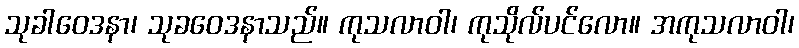
သုခါဝေဒနာ၊ သုခဝေဒနာသည်။ ကုသလာဝါ၊ ကုသိုလ်ပင်လော။ အကုသလာဝါ၊